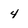
Character: 4